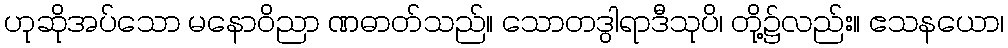
ဟုဆိုအပ်သော မနောဝိညာ ဏဓာတ်သည်။ သောတဒွါရာဒီသုပိ၊ တို့၌လည်း။ ဧသနယော၊